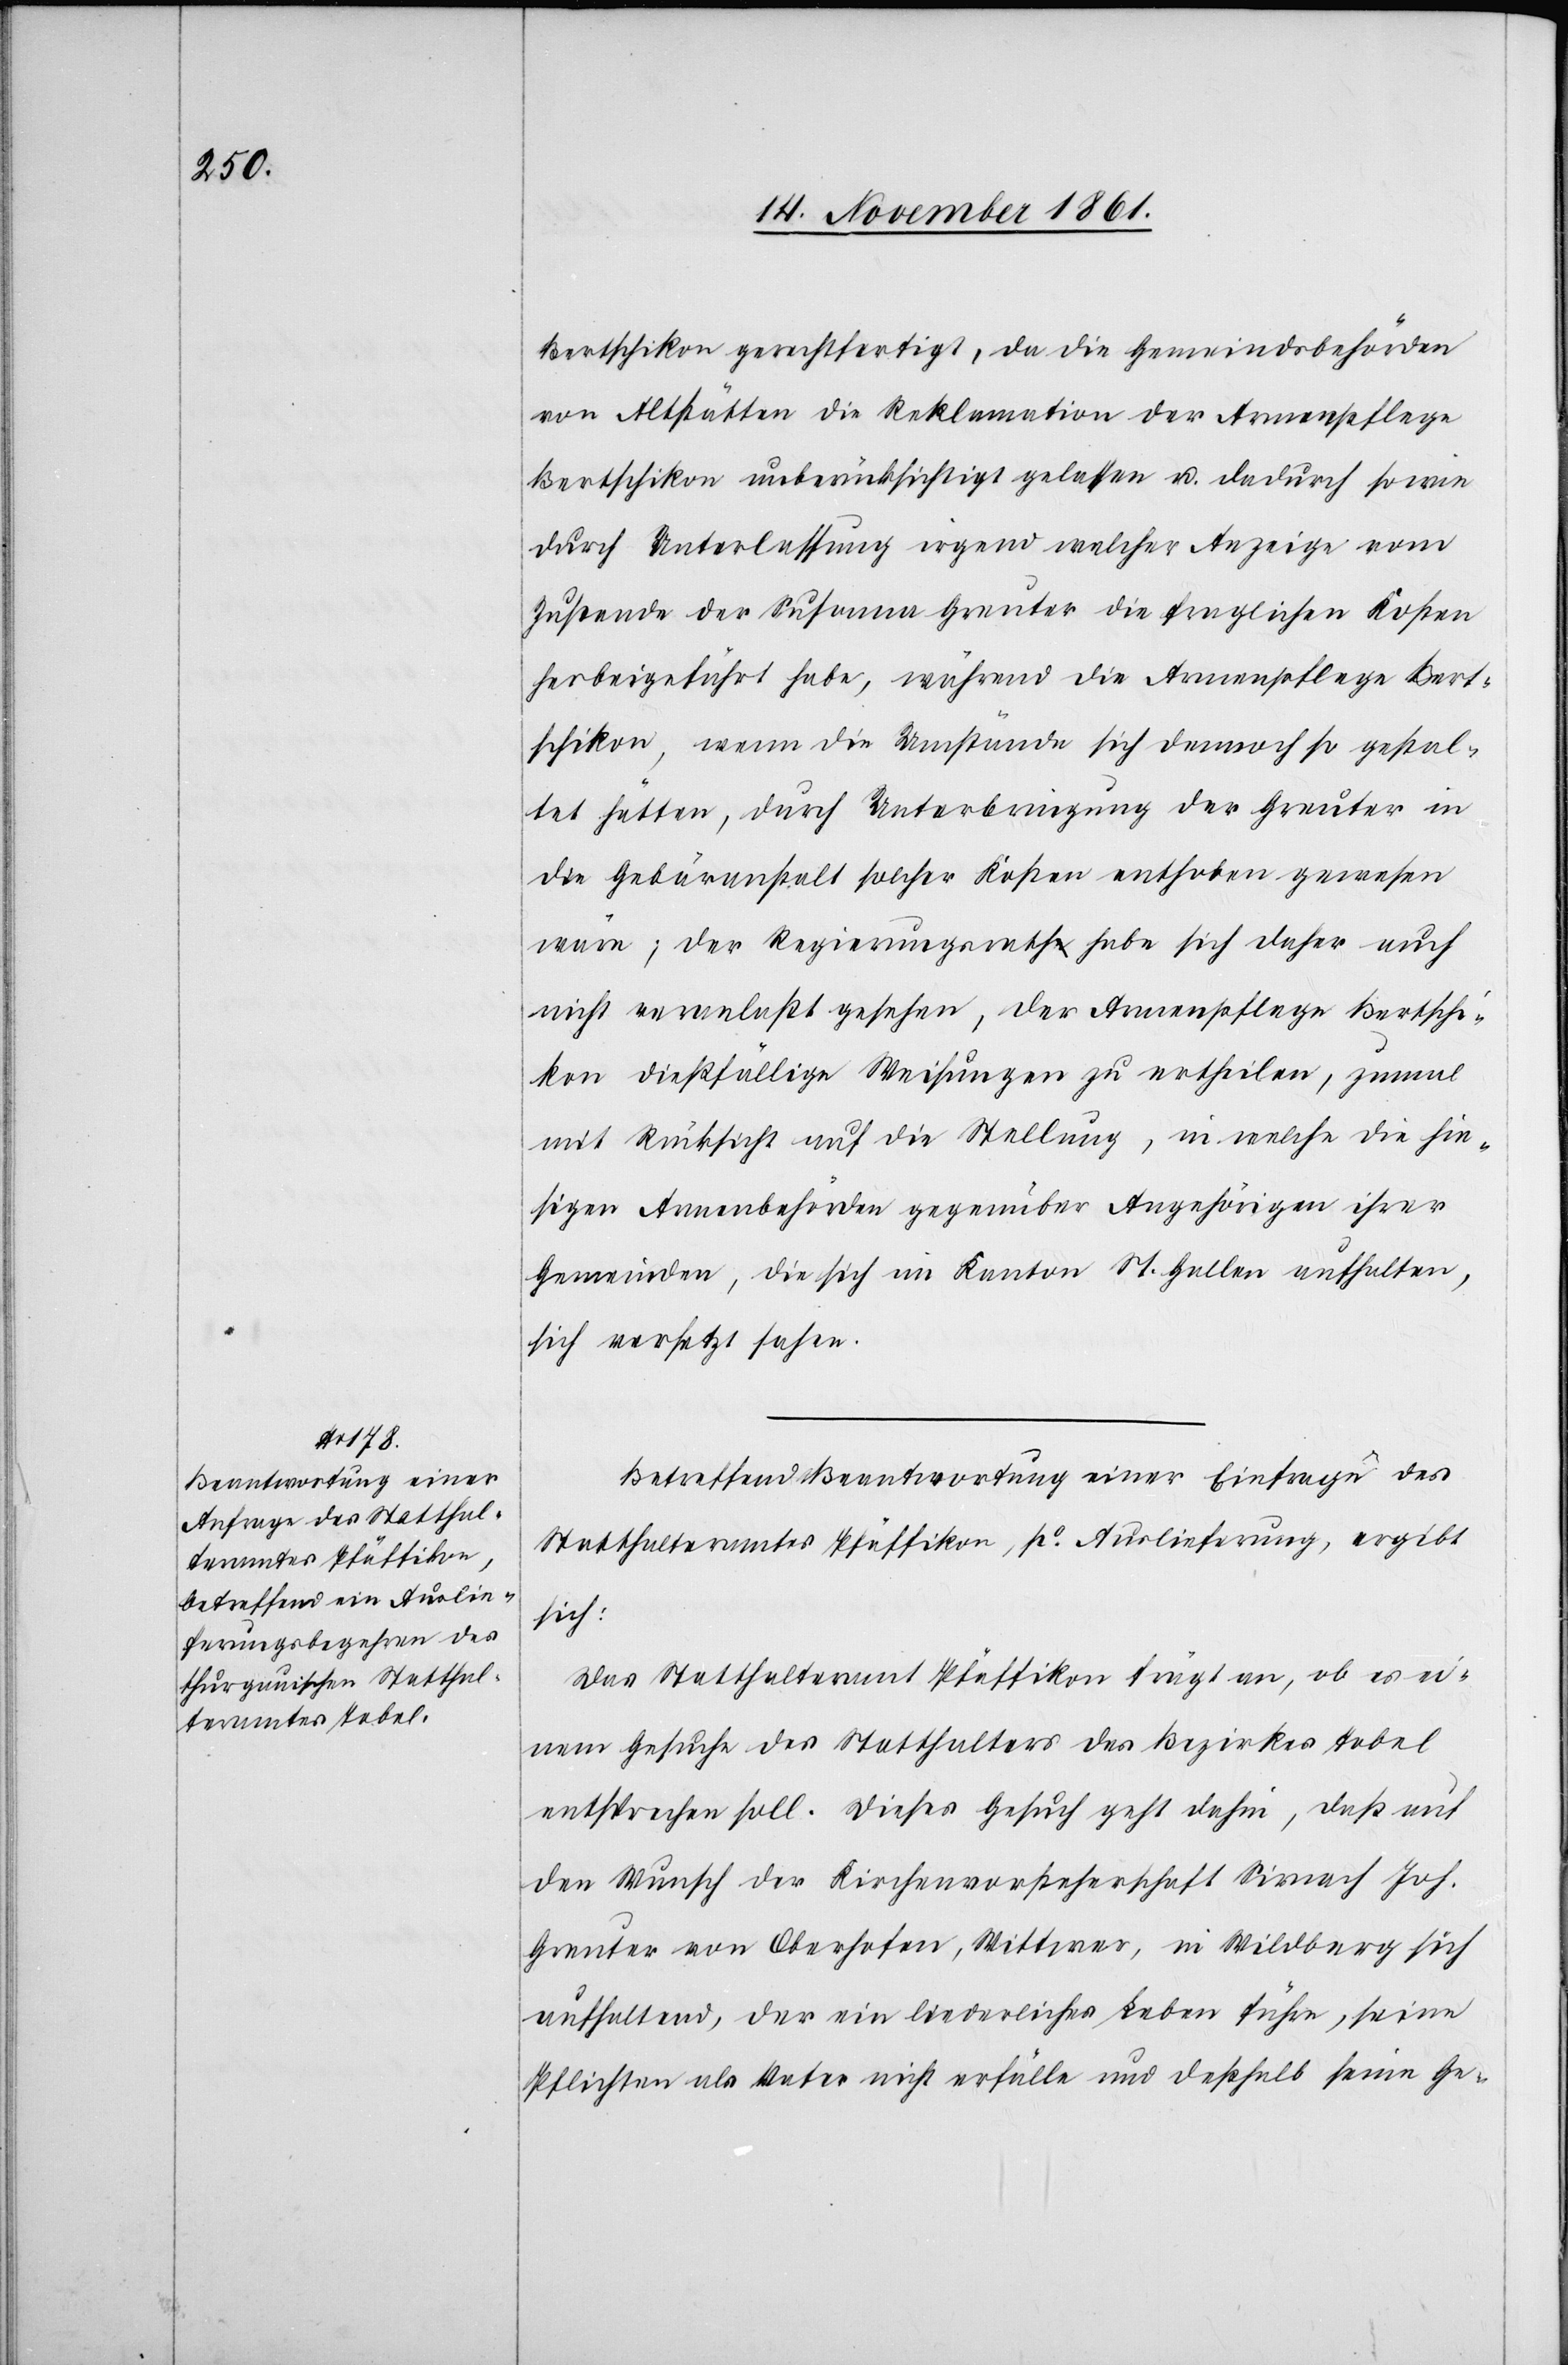
Bertschikon gerechtfertigt, da die Gemeindsbehörden
von Altstätten die Reklamation der Armenpflege
Bertschikon unberücksichtigt gelassen u. dadurch sowie
durch Unterlassung irgend welcher Anzeige vom
Zustande der Susanna Greuter die fraglichen Kosten
herbeigeführt habe, während die Armenpflege Bert¬
schikon, wenn die Umstände sich dennoch so gehal¬
ten hätten, durch Unterbringung der Greuter in
der Gebäranstalt solcher Kosten enthoben gewesen
wäre, der Regierungsrath habe sich daher auch
nicht veranlaßt gesehen, der Armenpflege Bertschi¬
kon dießfällige Weisungen zu ertheilen, zumal
mit Rücksicht auf die Stellung, in welche die hie¬
sigen Armenbehörden gegenüber Angehörigen ihrer
Gemeinden, die sich im Kanton St. Gallen enthalten,
sich versetzt sahen.
Betreffend Beantwortung einer Einfrage des
Statthalteramtes Pfäffikon, po. Auslieferung, ergibt
sich:
Das Statthalteramt Pfäffikon frägt an, ob es ei¬
nem Gesuche des Statthalteramtes des Bezirkes Tobel
entsprechen soll. Dieses Gesuch geht dahin, daß auf
den Wunsch der Kirchenvorsteherschaft Sirnach Joh.
Greuter von Oberhofen, Wittwer, in Wildberg sich
aufhaltend, der ein liederliches Leben führe, seine
Pflichten als Vater nicht erfülle und deßhalb seine Ge-